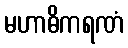
မဟာဓိကရဏံ